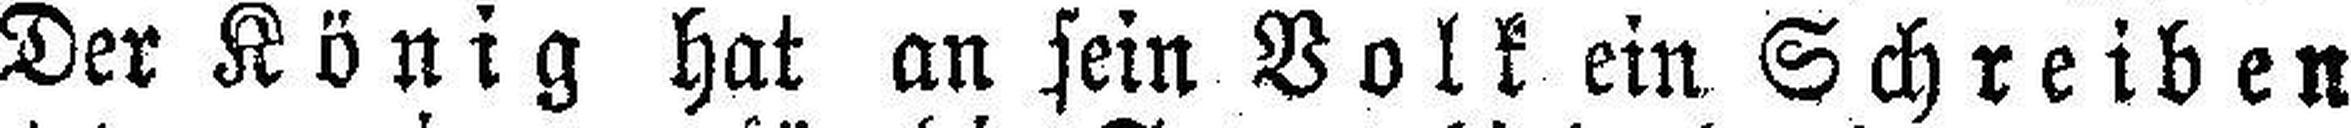
Der König hat an sein Volk ein Schreiben